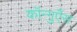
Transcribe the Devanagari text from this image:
कॉन्गुएँस